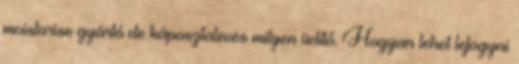
moisturise gyártó de káposztaleves milyen üdítő. Hogyan lehet lefogyni